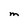
Character: M